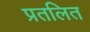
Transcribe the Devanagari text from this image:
प्रतलित